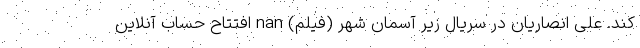
کند. علی انصاریان در سریال زیر آسمان شهر (فیلم) nan افتتاح حساب آنلاین